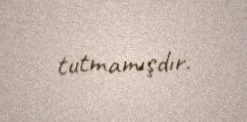
tutmamışdır.